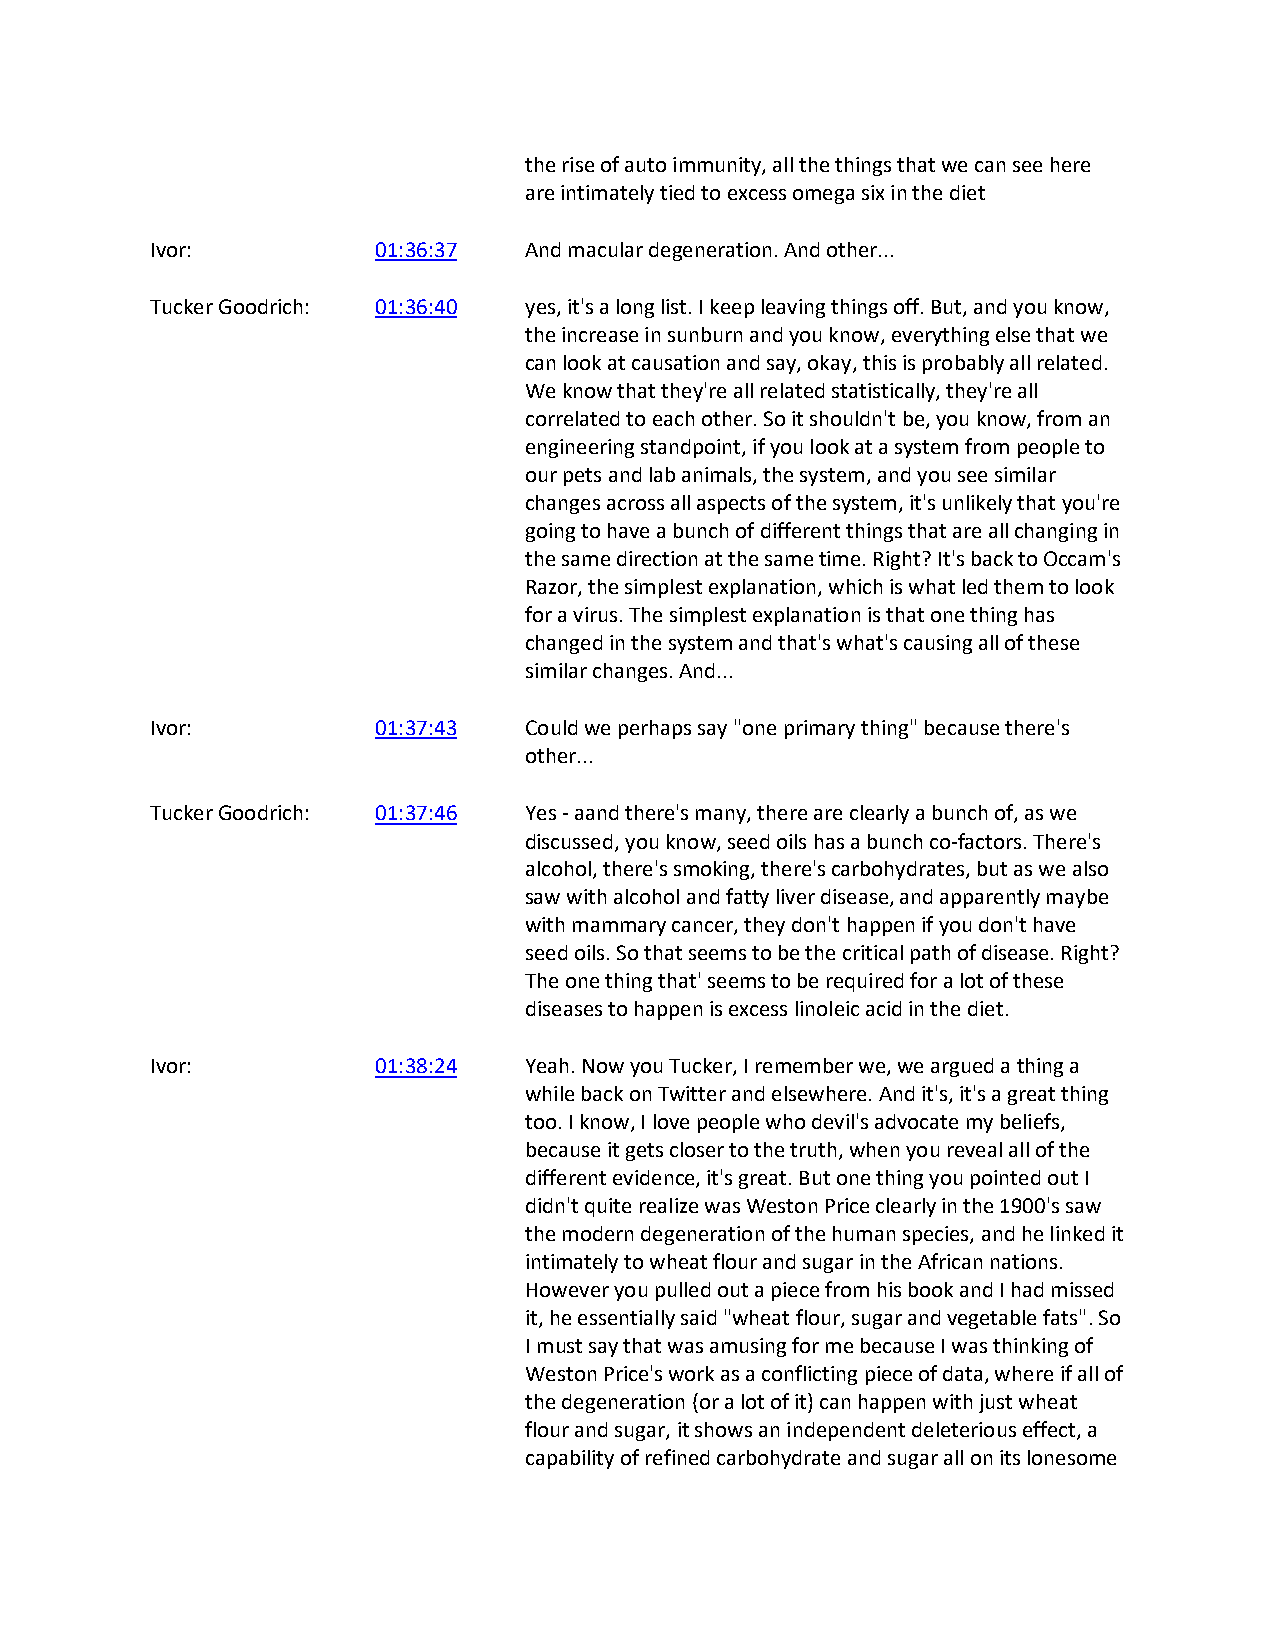
the rise of auto immunity, all the things that we can see here
 are intimately tied to excess omega six in the diet
 Ivor:          01:36:37  And macular degeneration. And other...
 Tucker Goodrich: 01:36:40 yes, it's a long list. I keep leaving things off. But, and you know,
 the increase in sunburn and you know, everything else that we
 can look at causation and say, okay, this is probably all related.
 We know that they're all related statistically, they're all
 correlated to each other. So it shouldn't be, you know, from an
 engineering standpoint, if you look at a system from people to
 our pets and lab animals, the system, and you see similar
 changes across all aspects of the system, it's unlikely that you're
 going to have a bunch of different things that are all changing in
 the same direction at the same time. Right? It's back to Occam's
 Razor, the simplest explanation, which is what led them to look
 for a virus. The simplest explanation is that one thing has
 changed in the system and that's what's causing all of these
 similar changes. And...
 Ivor:          01:37:43  Could we perhaps say "one primary thing" because there's
 other...
 Tucker Goodrich: 01:37:46 Yes - aand there's many, there are clearly a bunch of, as we
 discussed, you know, seed oils has a bunch co-factors. There's
 alcohol, there's smoking, there's carbohydrates, but as we also
 saw with alcohol and fatty liver disease, and apparently maybe
 with mammary cancer, they don't happen if you don't have
 seed oils. So that seems to be the critical path of disease. Right?
 The one thing that' seems to be required for a lot of these
 diseases to happen is excess linoleic acid in the diet.
 Ivor:          01:38:24  Yeah. Now you Tucker, I remember we, we argued a thing a
 while back on Twitter and elsewhere. And it's, it's a great thing
 too. I know, I love people who devil's advocate my beliefs,
 because it gets closer to the truth, when you reveal all of the
 different evidence, it's great. But one thing you pointed out I
 didn't quite realize was Weston Price clearly in the 1900's saw
 the modern degeneration of the human species, and he linked it
 intimately to wheat flour and sugar in the African nations.
 However you pulled out a piece from his book and I had missed
 it, he essentially said "wheat flour, sugar and vegetable fats". So
 I must say that was amusing for me because I was thinking of
 Weston Price's work as a conflicting piece of data, where if all of
 the degeneration (or a lot of it) can happen with just wheat
 flour and sugar, it shows an independent deleterious effect, a
 capability of refined carbohydrate and sugar all on its lonesome